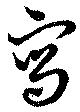
写